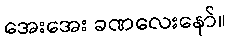
အေးအေး ခဏလေးနော်။